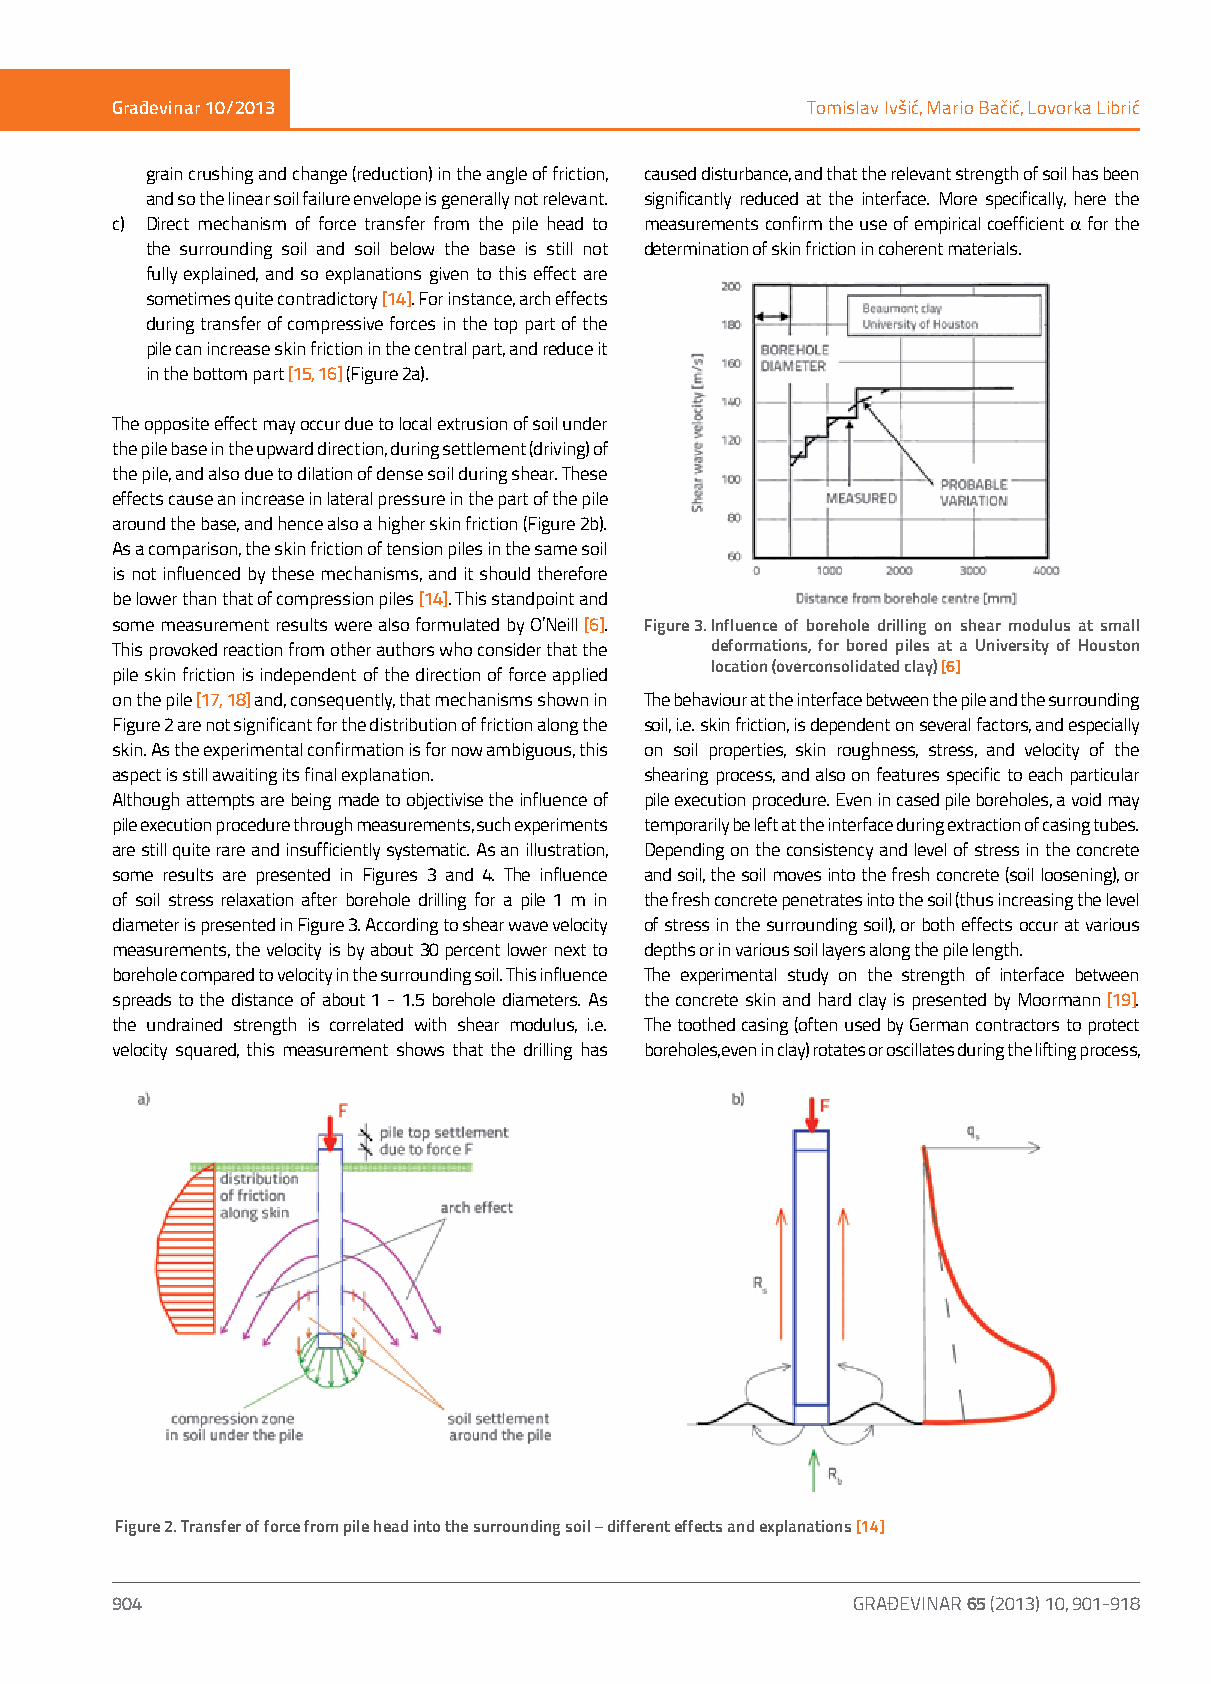
Građevinar 10/2013                            Tomislav Ivšić, Mario Bačić, Lovorka Librić
 grain crushing and change (reduction) in the angle of friction, caused disturbance, and that the relevant strength of soil has been
 and so the linear soil failure envelope is generally not relevant. significantly reduced at the interface. More specifically, here the
 c) D irect mechanism of force transfer from the pile head to measurements confirm the use of empirical coefficient a for the
 the surrounding soil and soil below the base is still not determination of skin friction in coherent materials.
 fully explained, and so explanations given to this effect are
 sometimes quite contradictory [14]. For instance, arch effects
 during transfer of compressive forces in the top part of the
 pile can increase skin friction in the central part, and reduce it
 in the bottom part [15, 16] (Figure 2a).
 The opposite effect may occur due to local extrusion of soil under
 the pile base in the upward direction, during settlement (driving) of
 the pile, and also due to dilation of dense soil during shear. These
 effects cause an increase in lateral pressure in the part of the pile
 around the base, and hence also a higher skin friction (Figure 2b).
 As a comparison, the skin friction of tension piles in the same soil
 is not influenced by these mechanisms, and it should therefore
 be lower than that of compression piles [14]. This standpoint and
 some measurement results were also formulated by O’Neill [6]. Figure 3. Influence of borehole drilling on shear modulus at small
 This provoked reaction from other authors who consider that the deformations, for bored piles at a University of Houston
 location (overconsolidated clay) [6]
 pile skin friction is independent of the direction of force applied
 on the pile [17, 18] and, consequently, that mechanisms shown in The behaviour at the interface between the pile and the surrounding
 Figure 2 are not significant for the distribution of friction along the soil, i.e. skin friction, is dependent on several factors, and especially
 skin. As the experimental confirmation is for now ambiguous, this on soil properties, skin roughness, stress, and velocity of the
 aspect is still awaiting its final explanation. shearing process, and also on features specific to each particular
 Although attempts are being made to objectivise the influence of pile execution procedure. Even in cased pile boreholes, a void may
 pile execution procedure through measurements, such experiments temporarily be left at the interface during extraction of casing tubes.
 are still quite rare and insufficiently systematic. As an illustration, Depending on the consistency and level of stress in the concrete
 some results are presented in Figures 3 and 4. The influence and soil, the soil moves into the fresh concrete (soil loosening), or
 of soil stress relaxation after borehole drilling for a pile 1 m in the fresh concrete penetrates into the soil (thus increasing the level
 diameter is presented in Figure 3. According to shear wave velocity of stress in the surrounding soil), or both effects occur at various
 measurements, the velocity is by about 30 percent lower next to depths or in various soil layers along the pile length.
 borehole compared to velocity in the surrounding soil. This influence The experimental study on the strength of interface between
 spreads to the distance of about 1 - 1.5 borehole diameters. As the concrete skin and hard clay is presented by Moormann [19].
 the undrained strength is correlated with shear modulus, i.e. The toothed casing (often used by German contractors to protect
 velocity squared, this measurement shows that the drilling has boreholes, even in clay) rotates or oscillates during the lifting process,
 Figure 2. Transfer of force from pile head into the surrounding soil – different effects and explanations [14]
 904                                              GRAĐEVINAR 65 (2013) 10, 901-918